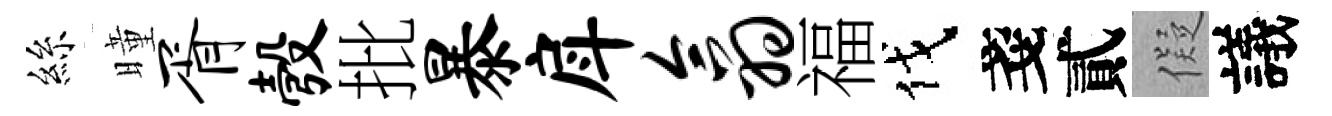
絲曈胥彀批暴戽翕福伐戔貳儗議